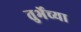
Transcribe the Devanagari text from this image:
तुर्भेच्या